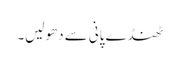
ٹھنڈے پانی سے دھولیں۔